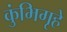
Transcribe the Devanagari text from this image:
कुंभिगृहे